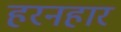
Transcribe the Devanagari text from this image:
हरनहार